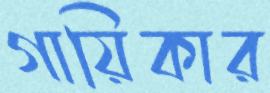
গায়িকার